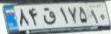
۸۴ق۱۷۵۱۰